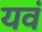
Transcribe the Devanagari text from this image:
यवं